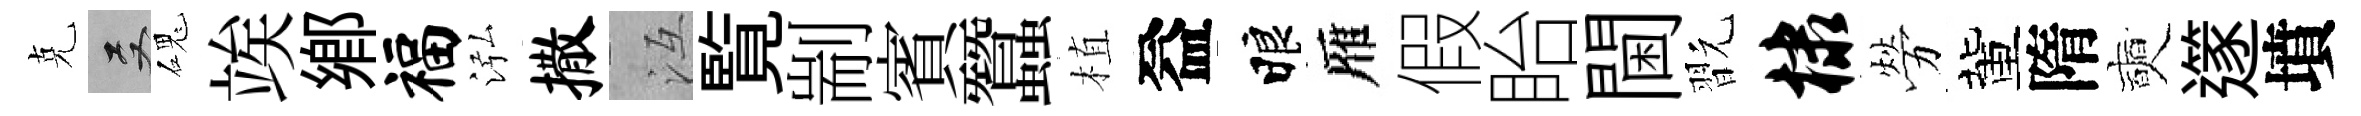
克双磈竢鄕福泓撒冱覧剬賓蠶植益睱雁假眙閫翫棣勞董隋奭𨗹墳